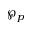
\wp _ { p }